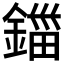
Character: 鍿